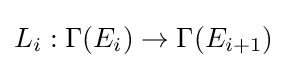
L_{i}:\Gamma (E_{i})\to \Gamma (E_{i+1})